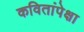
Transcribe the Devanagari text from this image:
कवितांपेक्षा